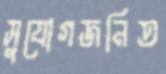
সুযোগজনিত